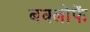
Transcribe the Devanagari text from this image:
बक्लोफें